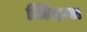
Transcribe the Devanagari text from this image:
जिंदगा